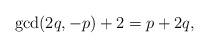
LaTeX: \begin{align*}\gcd(2q,-p)+2=p+2q,\end{align*} %\end{align*}